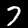
Label: 7